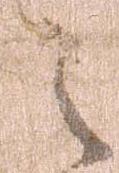
之